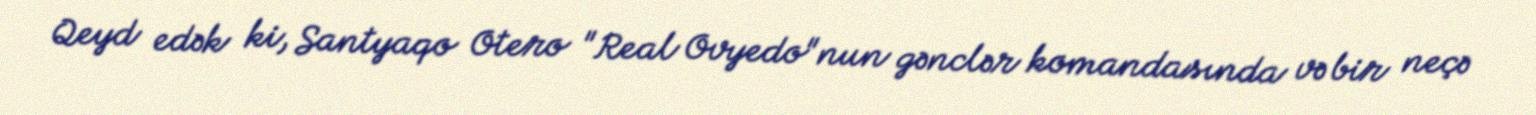
Qeyd edək ki, Santyaqo Otero "Real Ovyedo"nun gənclər komandasında və bir neçə